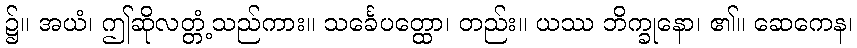
၌။ အယံ၊ ဤဆိုလတ္တံ့သည်ကား။ သင်္ခေပတ္ထော၊ တည်း။ ယဿ ဘိက္ခုနော၊ ၏။ ဆေကေန၊